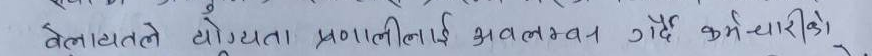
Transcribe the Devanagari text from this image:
वेलायतले योग्यता प्रणालीलाई अवलम्बन गर्दै अमेरिकाको